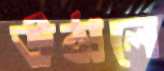
উঠালে